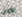
الأوان